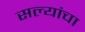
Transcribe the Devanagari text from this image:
सल्यांचा